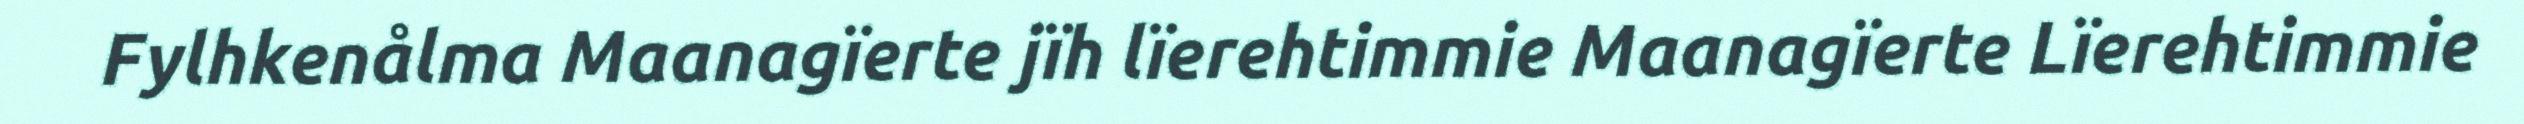
Fylhkenålma Maanagïerte jïh lïerehtimmie Maanagïerte Lïerehtimmie